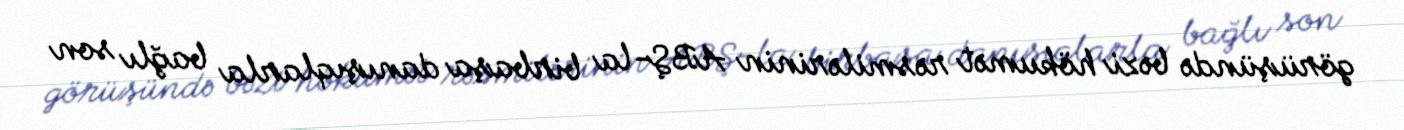
görüşündə bəzi hökumət rəsmilərinin ABŞ-la birbaşa danışıqlarla bağlı son